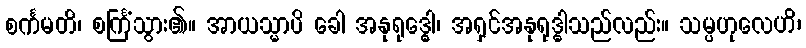
စင်္ကမတိ၊ စင်္ကြံသွား၏။ အာယသ္မာပိ ခေါ အနုရုဒ္ဓေါ၊ အရှင်အနုရုဒ္ဓါသည်လည်း။ သမ္ပဟုလေဟိ၊